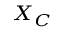
\scriptstyle { X _ { C } }